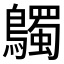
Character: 𪇆